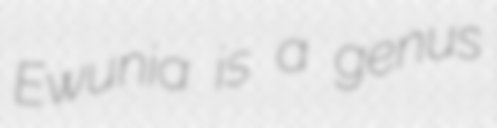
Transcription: Ewunia is a genus